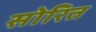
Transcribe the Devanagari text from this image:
सोरित